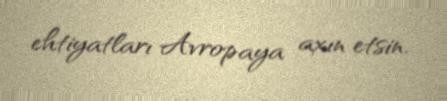
ehtiyatları Avropaya axın etsin.